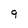
Character: 9